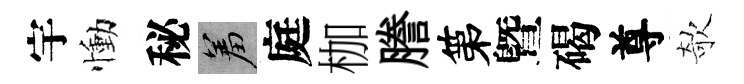
宇慟秘羞庭枷謄第曁碣尊欹